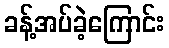
ခန့်အပ်ခဲ့ကြောင်း